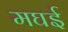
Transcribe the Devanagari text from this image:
मघई